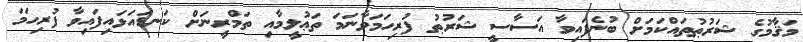
މަޤާމުގެ ޝަރުޠުތައްކަމަށް ބުނެފައިވާ އަސާސީ ޝަރުޠު ފުރިހަމަވާނަމަ ތަޢުލީމާއި ތަމްރީނަށް ކަނޑައަޅައިފައިވާ ފުރިހަމަ